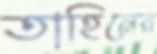
তাহিনের